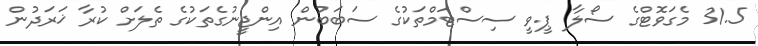
31.5 މެގަވޮޓްގެ ސޯލާ ޕީ.ވީ ސިސްޓަމްތަކުގެ ސަބަބުން އިންޖީނުގެތަކުގެ ތެލަށް ކުރާ ޚަރަދުން